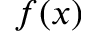
f ( x )